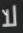
لا